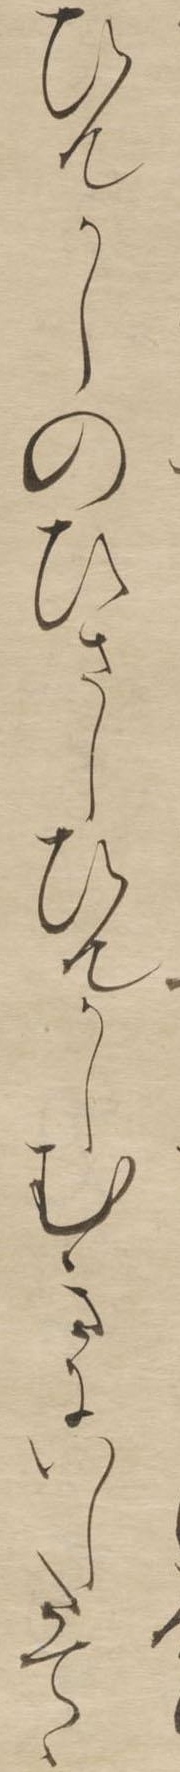
ひんかしのひさしひんかしむきにいしたてゝ